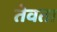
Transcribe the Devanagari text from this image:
तेवता